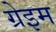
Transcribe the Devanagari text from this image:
ग्रेइम